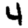
Digit: 4